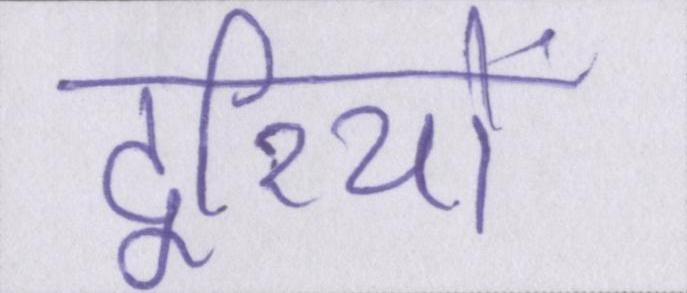
दूरियों